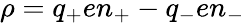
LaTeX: \rho=q_{+}en_{+}-q_{-}en_{-}